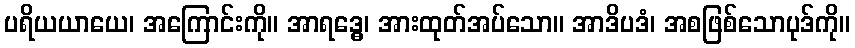
ပရိယယာယေ၊ အကြောင်းကို။ အာရဒ္ဓေ၊ အားထုတ်အပ်သော။ အာဒိပဒံ၊ အစဖြစ်သောပုဒ်ကို။